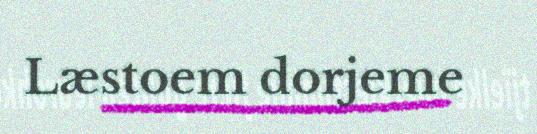
Læstoem dorjeme